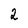
Character: 2